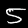
Label: 5